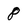
Character: 8